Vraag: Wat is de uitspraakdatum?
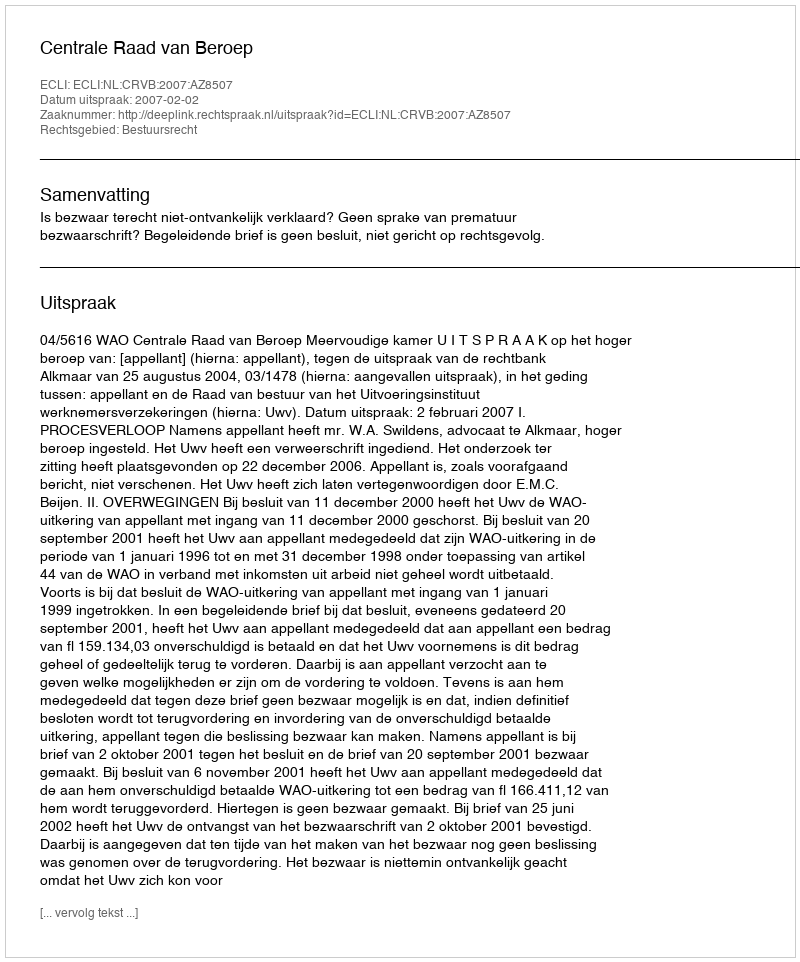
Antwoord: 2007-02-02